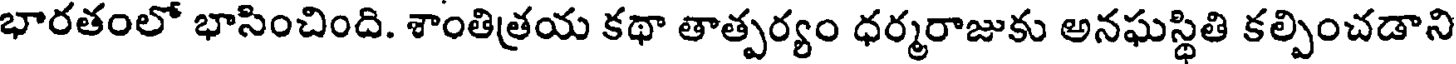
భారతంలో భాసించింది. శాంతిత్రయ కథా తాత్పర్యం ధర్మరాజుకు అనఘస్థితి కల్పించడాని